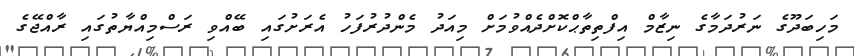
މަހިބަދޫގެ ނަރުދަމާގެ ނިޒާމް އިފްތިތާޙްކޮށްދެއްވުމަށް މިއަދު މެންދުރުފަހު އެރަށުގައި ބޭއްވި ރަސްމިއްޔާތުގައި ރާއްޖޭގެ